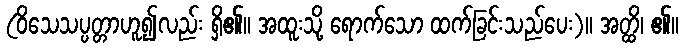
(ဝိသေသပ္ပတ္တာဟူ၍လည်း ရှိ၏။ အထူးသို့ ရောက်သော ထက်ခြင်းသည်ပေး)။ အတ္ထိ၊ ၏။